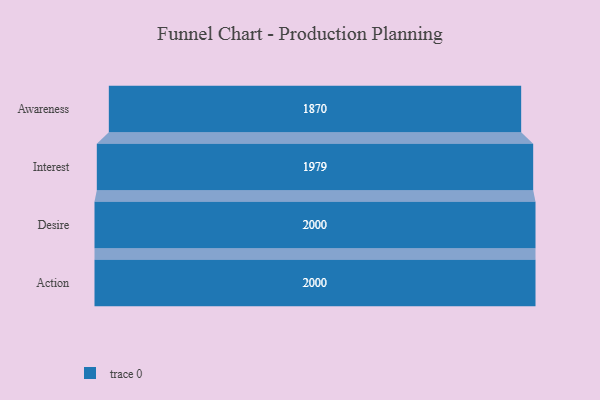
{"axis": {"x": "Stage", "y": "Value"}, "legend": [""], "data": [{"x": "Awareness", "y": 1870.0, "type": ""}, {"x": "Interest", "y": 1979.0, "type": ""}, {"x": "Desire", "y": 2000, "type": ""}, {"x": "Action", "y": 2000, "type": ""}]}